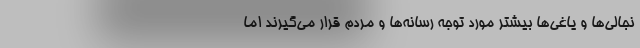
نجالی‌ها و یاغی‌ها بیشتر مورد توجه رسانه‌ها و مردم قرار می‌گیرند اما